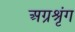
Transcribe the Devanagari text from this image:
अग्रश्रृंग